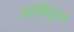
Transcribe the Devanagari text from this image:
आर्बिट्रोन